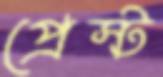
প্রেস্ট